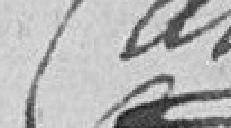
Canet